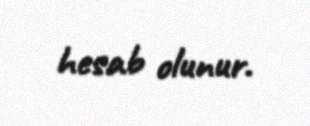
hesab olunur.